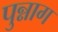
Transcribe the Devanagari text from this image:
पुन्नाग